Bréfritari: Soffía Daníelsdóttir
Viðtakandi: Jakobína Magnúsdóttir og Daníel Halldórsson
Dagsetning: A-1888-01-05
Skrifað á: Reykjavík  Gull.
Soffía var dóttir Jakobínu og Daníels

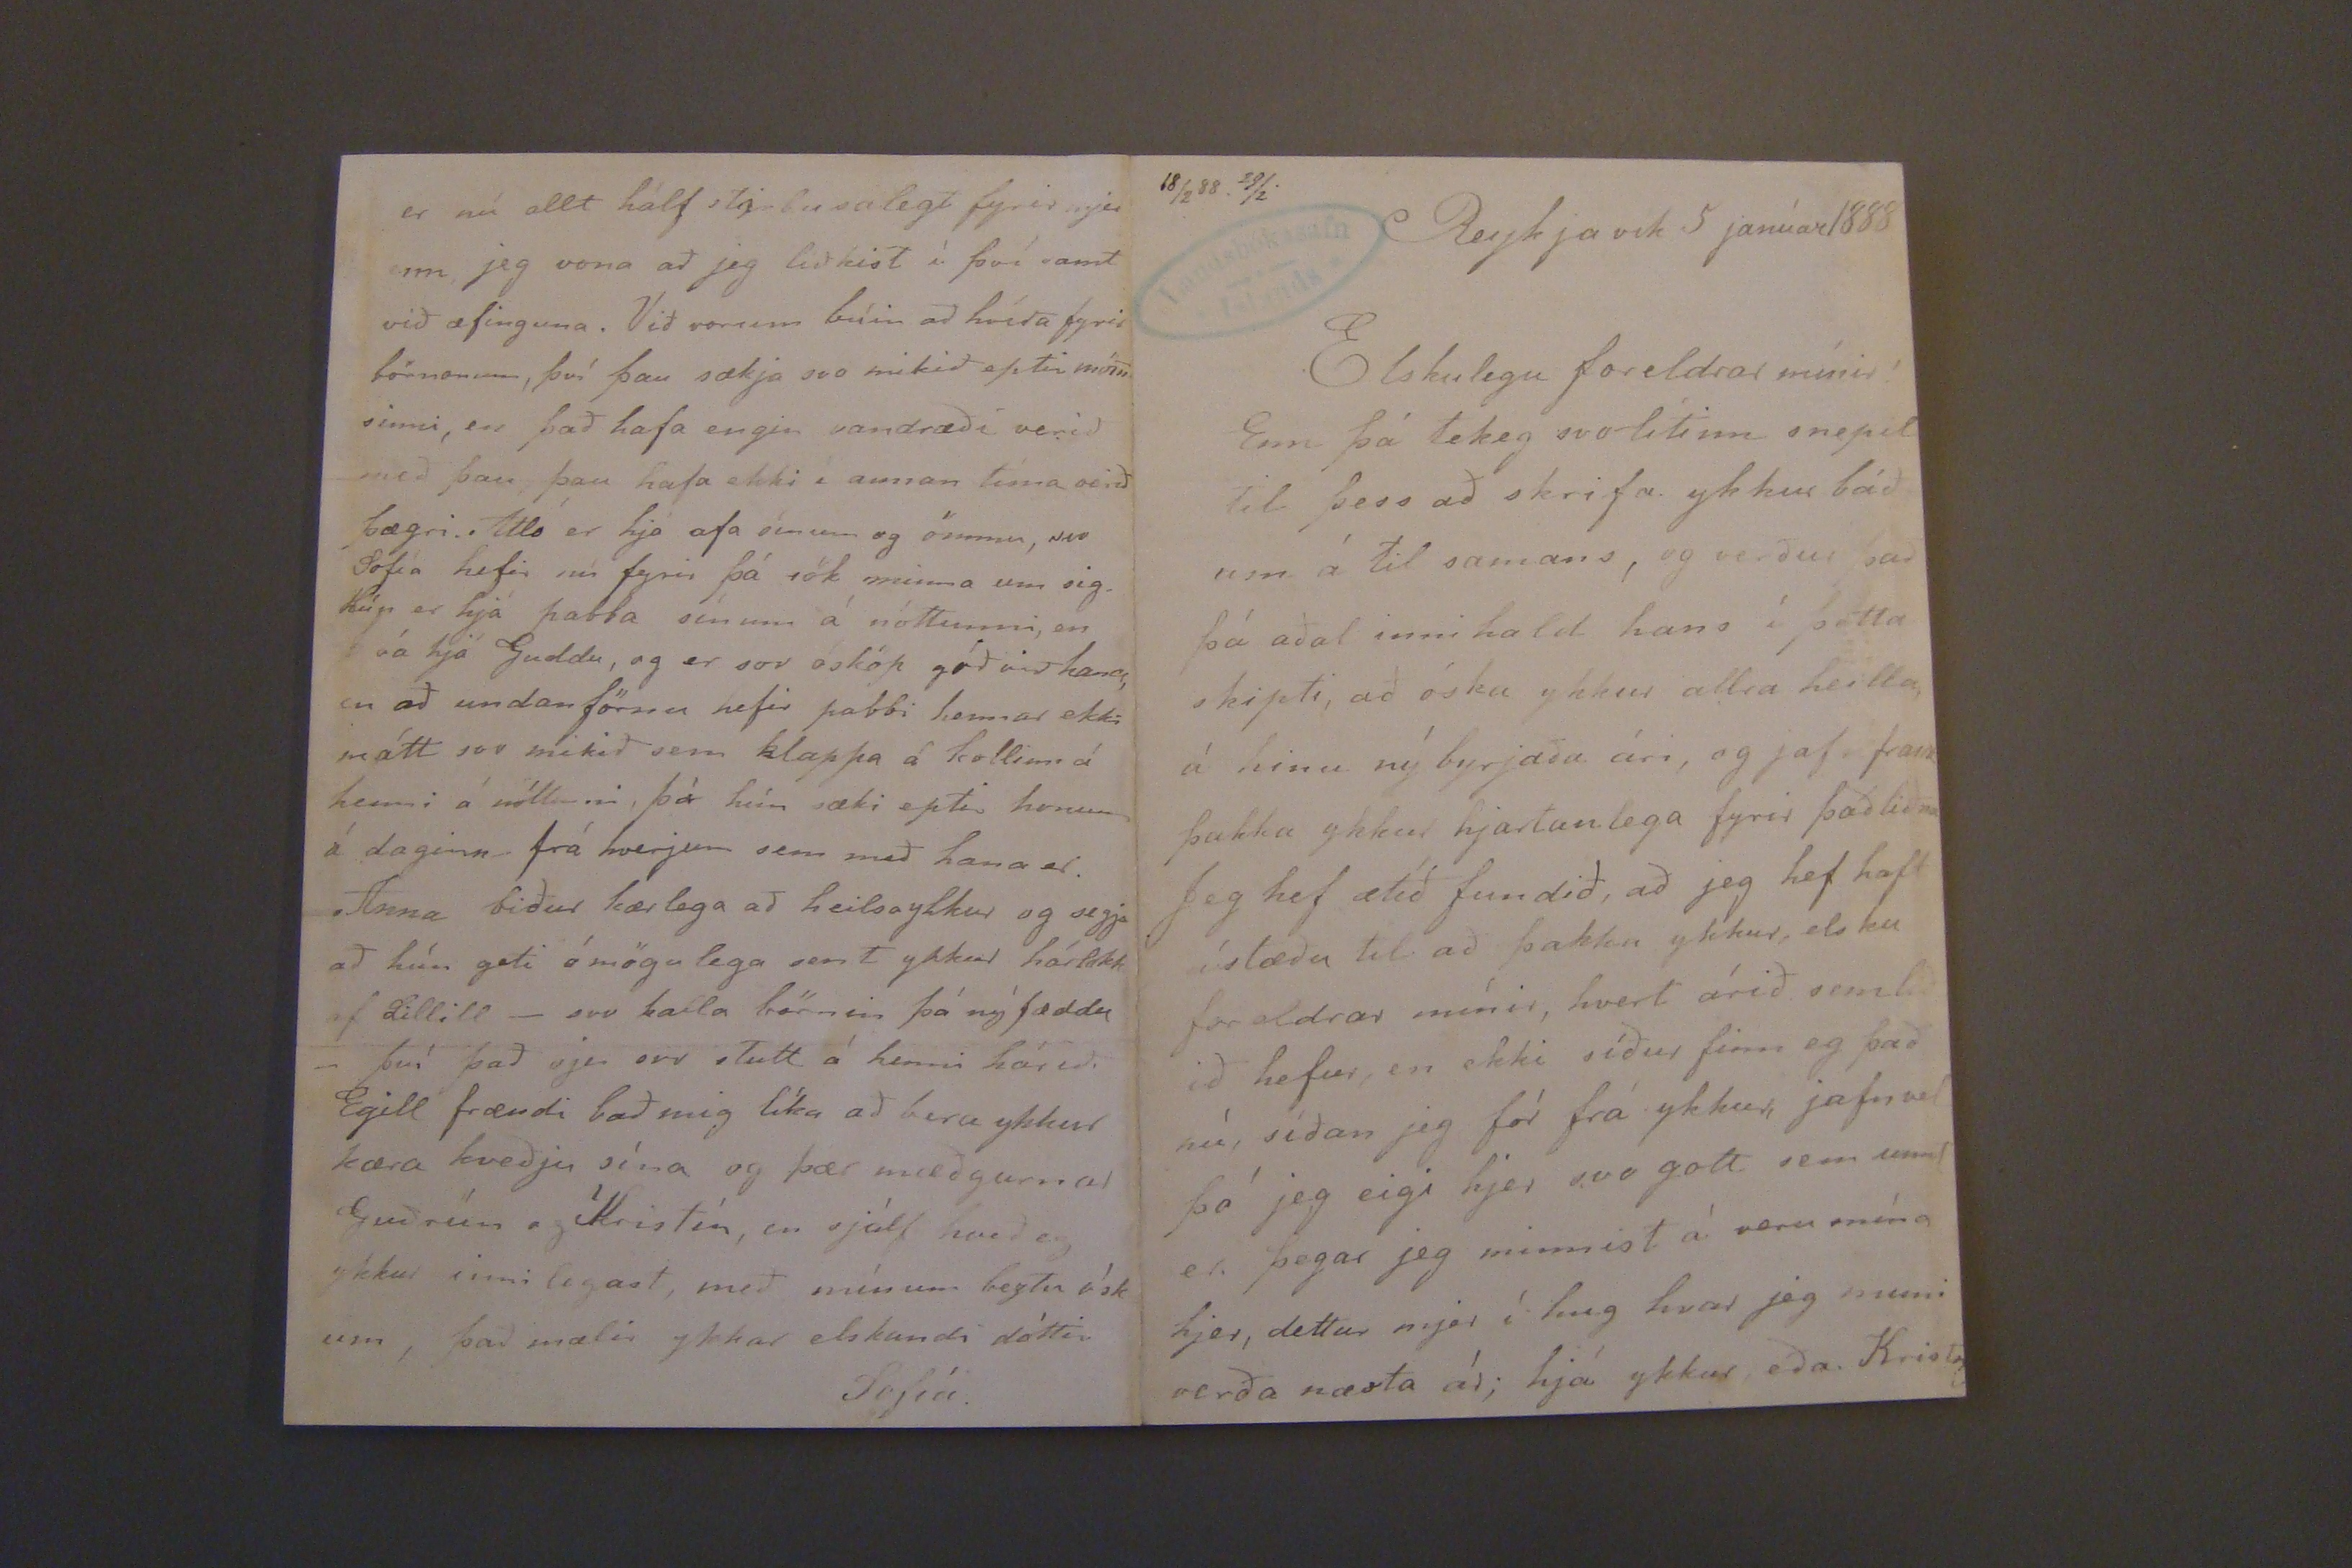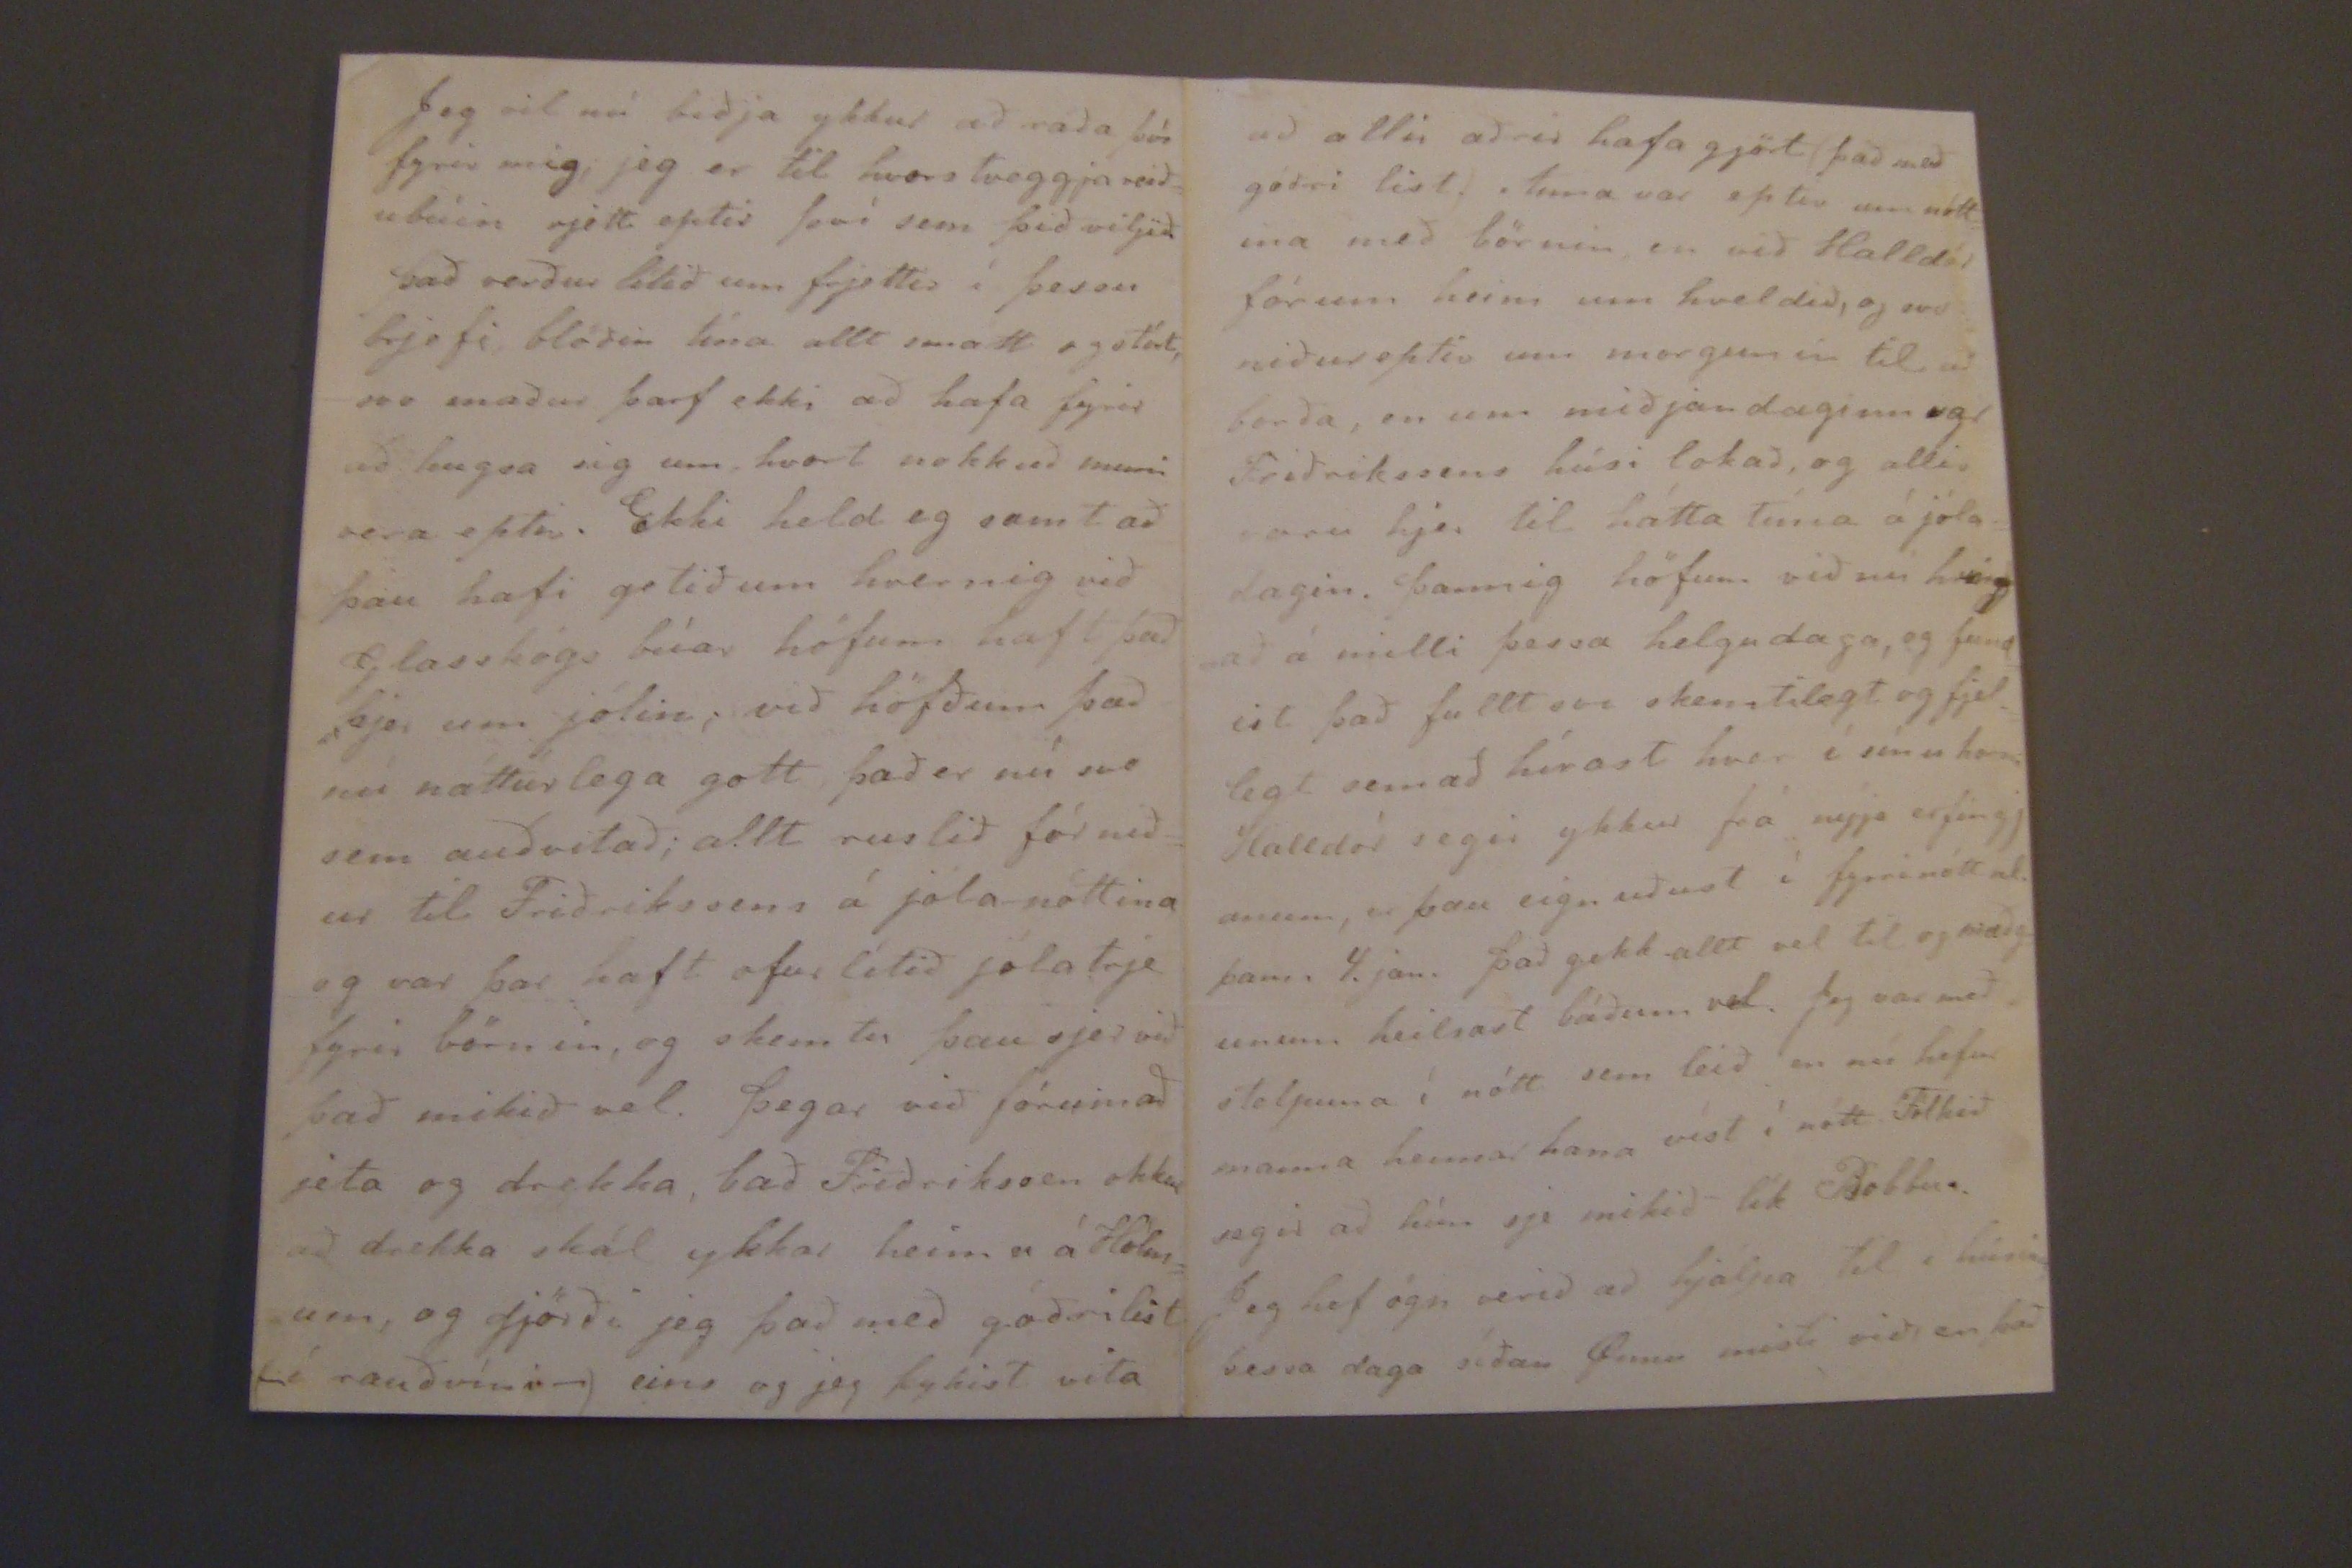

18/2 88. 29/2.
Reykjavik 5 janúar 1888
Elskulegu foreldrar mínir!
Enn þá tekeg svolitinn snepil til þess að skrifa ykkur báð um á til samans, og verður það þá aðal inni hald hans í þetta skipti, að óska ykkur allra heilla, á hinu ný byrjaða ári, og jafn fram þakka ykkur hjartanlega fyrir það liðna Jeg hef ætíð fundið, að jeg hef haft ástæðu til að þakka ykkur, elsku forældrar mínir, hvert árið semlið ið hefur, en ekki síður finn eg þæð nú, síðan jeg fór frá ykkur, jafnvel þó jeg eigi hjer svo gott sem unnt er. þegar jeg minnist á veru mína hjer, dettur mjer í hug hvar jeg muni verða næsta ár; hjá ykkur eða Krist
Jeg vil nú biðja ykkur að ráða þó fyrir mig; jeg er til hvors tveggja reiðubúin rjett eptir því sem þið viljið. það verður lítið um frjettir í þessu brjefi, blöðin tína allt smátt og stórt, svo maður þarf ekki að hafa fyrir að hugsa sig um, hvort nokkuð muni vera eptir. Ekki held eg samt að þau hafi getið um hvernig við Glasskógs búar höfum haft það hjer um jólin; við höfðum það nú náttúrlega gott, það er nú svo sem auðvitað; allt ruslið fór niður til Friðrikssens á jóla-nóttina og var þar haft ofur lítið jólatrje fyrir börnin, og skemtu þau sjer við það mikið vel. þegar við fórumað jeta og drekka, bað Friðrikssen okkur að drekka skál ykkar heima á Hólmum og gjörði jeg það með góðri list í rauðvínin) eins og jeg þykist vita
er nú allt háfl stórbusalegt fyrir mjer enn jeg vona að jeg liðkist í því samt við æfinguna. Við vorum búin að hvíða fyrir
tómanum
, því þau sækja svo mikið eptir möm sinni, en það hafa engin vandræði verið með þau þau hafa ekki í annan tíma verið þægri. Atli er hja afa sinum og ömmu, svo Sofía hefir nú fyrir þá sök minna um sig. Hún er hjá pabba sínum á nóttunni, en
ía
hjá Guddu, og er svo ósköp góð við hana, en að undan förnu hefir pabbi hennar ekki mátt svo mikið sem klappa á kollinn á henni á nóttunni, þó hún sæki eptir honum á daginn frá hverjum sem með hana er. Anna biður kærlega að heilsa ykkur og segja að hún geti ómögulega sent ykkur hárlokk af Lillill- svo kalla börnin þá ný fæddu- því það sje svo stutt á henni hárið. Egill frændi bað mig líka að bera ykkur kæra kveðju sína og þær mæðgurnar Guðrún og Kristín en sjálf hveð eg ykkur innilegast, með mínum beztu ósk um, það mælir ykkar elskandi dóttir
Sofía.
að allir aðrir hafa gjört) það með góðri list.) Anna var eptir um nótt ina með börnin, en við Halldór fórum heim um hveldið, og svo niðureptir um morgunin til að borða, en um miðjan daginn var Friðrikssens húsi lokað, og allir voru hjer til hátta tíma á jóladagin. þannig höfum við nú
hing að
á milli þessa helgu daga, og fund ist það fullt svo skemtilegt og fjel legt semað hírast hvar í sínu hann Halldór segir ykkur frá nýja erfingj anum, er þau eignuðust í fyrrinótt nl. þann 4. jan. það gekk allt vel til og mæðgunum heilsast báðum vel. Jeg var með stelpuna í nótt sem leið en nú hefur mamma hennar hana víst í nótt. Fólkið segir að hún sje mikið lík Bobbu. Jeg hef ögn verið að hjalpa til í húsinu þessa daga síðan Guna misti við, en það